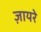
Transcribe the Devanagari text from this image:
ज़ायरे